Lunatic asylums Central Provinces reports 1874-1885 - 1874-1885
Year: 1874
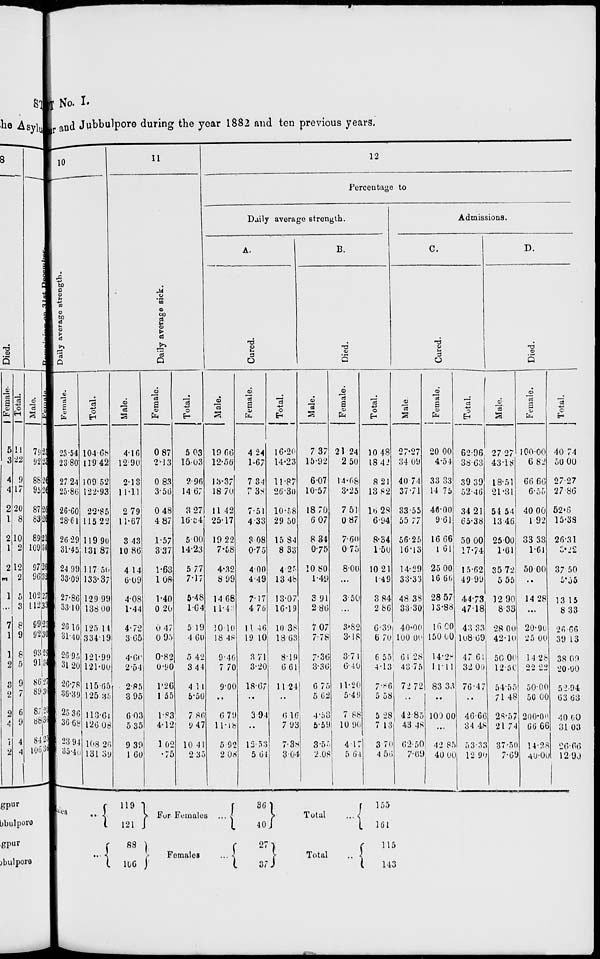
T No. I.
in Nagpur and Jubbulpore during the year 1882 and ten previous years.
10
Daily average
strength.
Female.
23.54
23.80
27.24
25.86
26.60
28.61
26.29
31.45
24.99
33.09
27.86
33.10
26.16
31.40
26.95
31.20
26.78
36.39
25.36
36.68
23.94
35.40
Total.
104.68
119.42
109.52
122.93
22.85
115.22
119.90
131.87
117.50
133.37
129.99
138.00
125.14
334.19
121.99
121.00
115.65
125.35
113.61
126.08
108.26
131.39
11
Daily average sick.
Male.
4.16
12.90
2.13
11.11
2.79
11.67
3.43
10.86
4.14
6.09
4.08
1.44
4.72
3.65
4.60
2.54
2.85
3.95
6.03
5.35
9.39
1.60
Female.
0.87
2.13
0.83
3.56
0.48
4.87
1.57
3.37
1.63
1.08
1.40
0.20
0.47
0.95
0.82
0.90
1.26
1.55
1.83
4.12
1.02
.75
Total.
5.03
15.03
2.96
14.67
3.27
16.54
5.00
14.23
5.77
7.17
5.48
1.64
5.19
4.60
5.42
3.44
4.11
5.50
7.86
9.47
10.41
2.35
12
Percentage to
Daily average strength.
A.
Cured.
Male.
19.66
12.56
13.37
18.70
11.42
25.17
19.22
7.58
4.32
8.99
14.68
11.43
10.10
18.48
9.46
7.70
9.00
...
6.79
11.18
5.92
2.08
Female.
4.24
1.67
7.34
7.38
7.51
4.33
3.08
0.75
4.00
4.49
7.17
4.76
11.46
19.10
3.71
3.20
18.67
...
3.94
...
12.53
5.64
Total.
16.20
14.23
11.87
26.30
10.58
29.50
15.84
8.33
4.25
13.48
13.07
16.19
10.38
18.63
8.19
6.61
11.24
...
6.16
7.93
7.38
3.04
B.
Died.
Male.
7.37
15.92
6.07
10.57
18.70
6.07
8.34
0.75
10.80
1.49
3.91
2.86
7.07
7.78
7.36
3.36
6.75
5.62
4.53
5.59
3.55
2.08
Female.
21.24
2.50
14.68
3.25
7.51
0.87
7.60
0.75
8.00
...
3.50
...
3.82
3.18
3.71
6.40
11.20
5.49
7.88
10.90
4.17
5.64
Total.
10.48
18.42
8.21
13.82
16.28
6.94
8.34
1.50
10.21
1.49
3.84
2.86
6.39
6.70
6.55
4.13
7.86
5.58
5.28
7.13
3.70
4.56
Admissions.
C.
Cured.
Male.
27.27
34.09
40.74
37.71
33.55
55.77
56.25
16.13
14.29
33.33
48.38
33.30
40.00
100.00
64.28
43.75
72.72
...
42.85
43.48
62.50
7.69
Female.
20.00
4.54
33.33
14.75
46.00
9.61
16.66
1.61
25.00
16.66
28.57
13.88
16.00
150.00
14.28
11.11
83.33
...
100.00
...
42.85
40.00
Total.
62.96
38.63
39.39
52.46
34.21
65.38
50.00
17.74
15.62
49.99
44.73
47.18
43.33
108.69
47.61
32.00
76.47
...
46.66
34.48
53.33
12.90
D.
Died.
Male.
27.27
43.18
18.51
21.31
54.54
13.46
25.00
1.61
35.72
5.55
12.90
8.33
28.00
42.10
50.00
12.50
54.55
71.48
28.57
21.74
37.50
7.69
Female.
100.00
6.82
66.66
6.55
40.00
1.92
33.33
1.61
50.00
...
14.28
...
20.00
25.00
14.28
22.22
50.00
50.00
200.00
66.66
14.28
40.00
Total.
40.74
50.00
27.27
27.86
52.6
15.38
26.31
3.22
37.50
5.55
13.15
8.33
26.66
39.13
38.09
20.00
52.94
63.63
40.00
31.03
26.66
12.90
Males ...
Males ...
119
121
88
106
For Females ...
Females
...
36
40
27
37
Total
...
Total
...
155
161
115
143